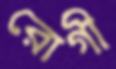
রোগী